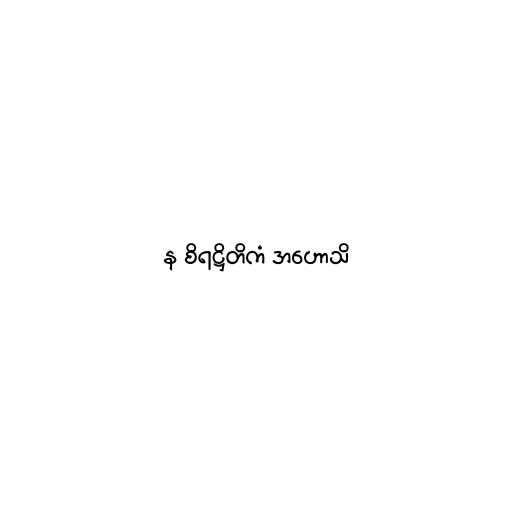
န စိရဋ္ဌိတိကံ အဟောသိ